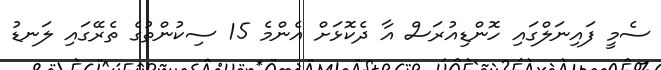
ސެމީ ފައިނަލްގައި ހޮންޑިއުރަސް އާ ދެކޮޅަށް އެންމެ 15 ސިކުންތުގެ ތެރޭގައި ލަނޑު